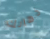
ذهابك